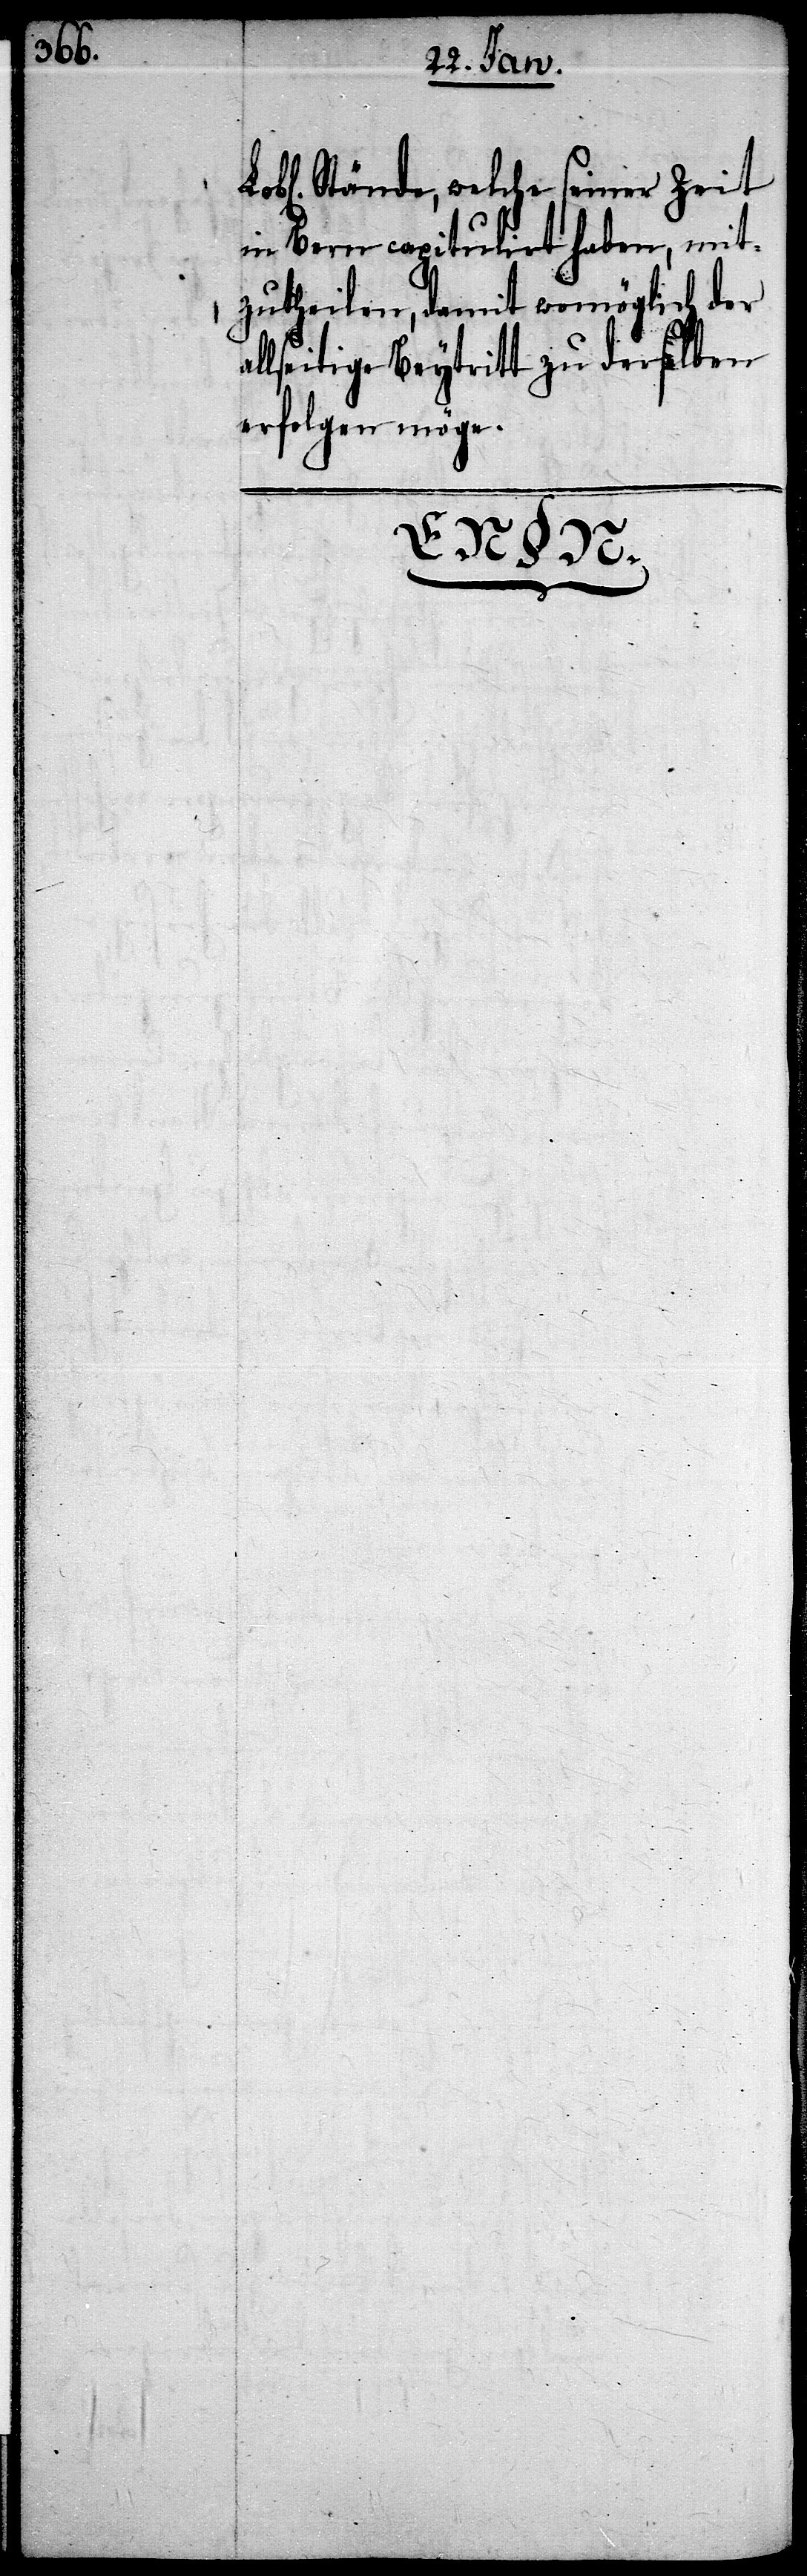
Stände, welche seiner Zeit
in Bern capitulirt haben, mit¬
zutheilen, damit womöglich der
allseitige Beytritt zu derselben
erfolgen möge.